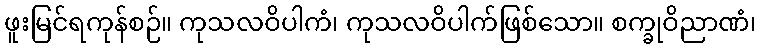
ဖူးမြင်ရကုန်စဉ်။ ကုသလဝိပါကံ၊ ကုသလဝိပါက်ဖြစ်သော။ စက္ခုဝိညာဏံ၊